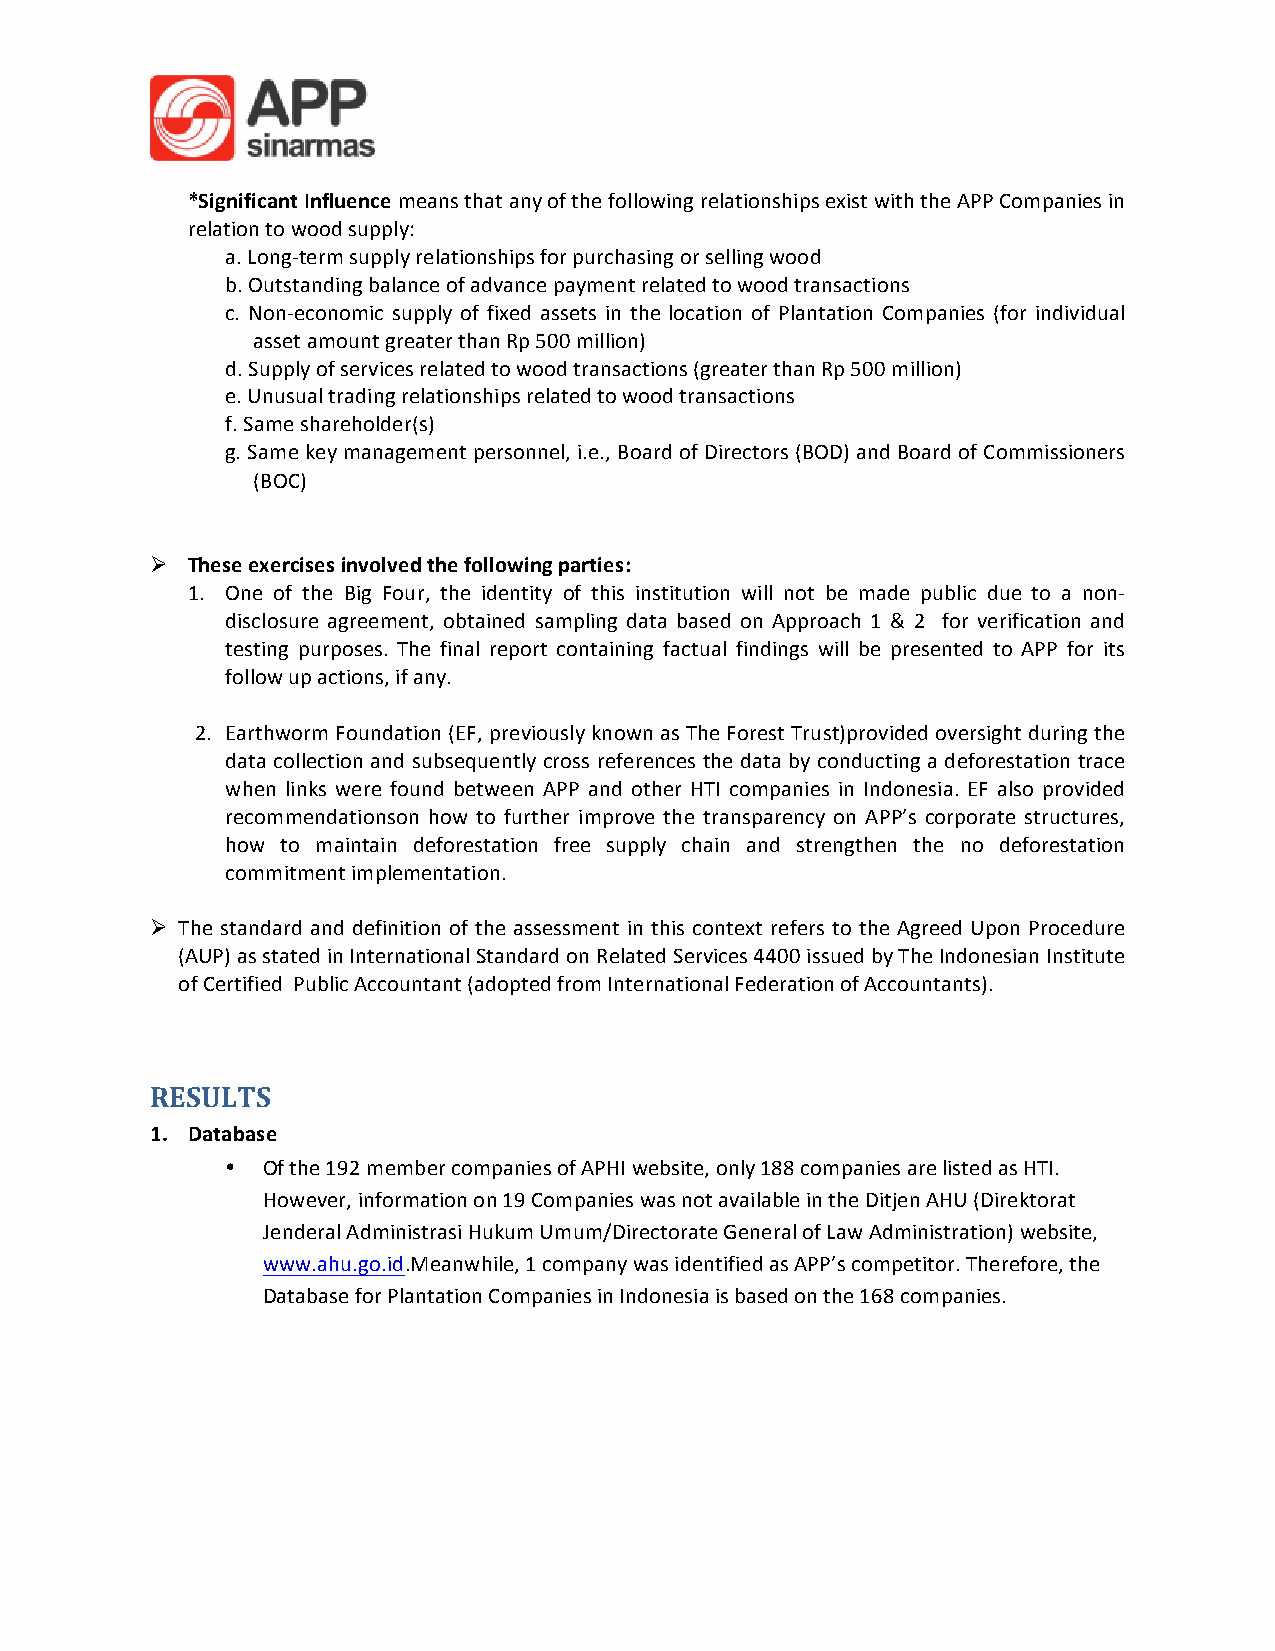
*Significant Influence means that any of the following relationships exist with the APP Companies in
 relation to wood supply:
 a. Long-term supply relationships for purchasing or selling wood
 b. Outstanding balance of advance payment related to wood transactions
 c. Non-economic supply of fixed assets in the location of Plantation Companies (for individual
 asset amount greater than Rp 500 million)
 d. Supply of services related to wood transactions (greater than Rp 500 million)
 e. Unusual trading relationships related to wood transactions
 f. Same shareholder(s)
 g. Same key management personnel, i.e., Board of Directors (BOD) and Board of Commissioners
 (BOC)
 Ø These exercises involved the following parties:
 1. One of the Big Four, the identity of this institution will not be made public due to a non-
 disclosure agreement, obtained sampling data based on Approach 1 & 2 for verification and
 testing purposes. The final report containing factual findings will be presented to APP for its
 follow up actions, if any.
 2. Earthworm Foundation (EF, previously known as The Forest Trust)provided oversight during the
 data collection and subsequently cross references the data by conducting a deforestation trace
 when links were found between APP and other HTI companies in Indonesia. EF also provided
 recommendationson how to further improve the transparency on APP’s corporate structures,
 how to maintain deforestation free supply chain and strengthen the no deforestation
 commitment implementation.
 Ø The standard and definition of the assessment in this context refers to the Agreed Upon Procedure
 (AUP) as stated in International Standard on Related Services 4400 issued by The Indonesian Institute
 of Certified Public Accountant (adopted from International Federation of Accountants).
 RESULTS
 1. Database
 • Of the 192 member companies of APHI website, only 188 companies are listed as HTI.
 However, information on 19 Companies was not available in the Ditjen AHU (Direktorat
 Jenderal Administrasi Hukum Umum/Directorate General of Law Administration) website,
 www.ahu.go.id.Meanwhile, 1 company was identified as APP’s competitor. Therefore, the
 Database for Plantation Companies in Indonesia is based on the 168 companies.